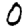
Digit: 0